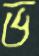
ভ